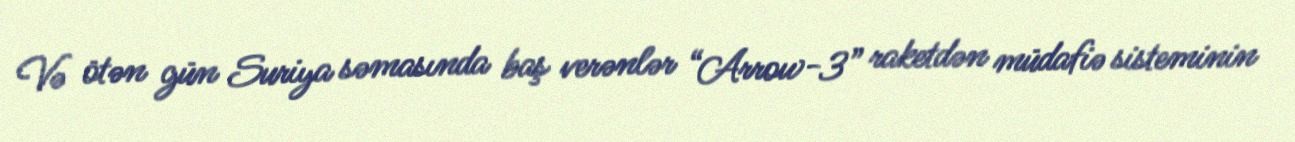
Və ötən gün Suriya səmasında baş verənlər “Arrow-3” raketdən müdafiə sisteminin